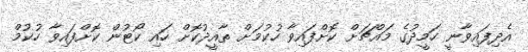
އެދިފައިވާނީ ހަމީދުގެ މައްޗަށް ކޮށްފައިވާ ހުކުމަށް ތާއީދުކޮށް ހައި ކޯޓުން ކޮށްފައިވާ ހުކުމް